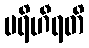
ပရိဟီရတိ